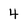
Character: 4